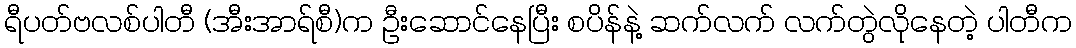
ရီပတ်ဗလစ်ပါတီ (အီးအာရ်စီ)က ဦးဆောင်နေပြီး စပိန်နဲ့ ဆက်လက် လက်တွဲလိုနေတဲ့ ပါတီက